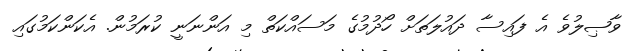
ވާޞިލުވެ އެ ފައިސާ ދައުލަތަށް ހޯދުމުގެ މަސައްކަތް މި އަންނަނީ ކުރަމުން. އެކަންކަމުގައި